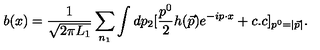
b ( x ) = { \frac { 1 } { \sqrt { 2 \pi L _ { 1 } } } } \sum _ { n _ { 1 } } \int d p _ { 2 } [ { \frac { p ^ { 0 } } { 2 } } h ( \vec { p } ) e ^ { - i p \cdot x } + c . c ] _ { p ^ { 0 } = | \vec { p } | } .